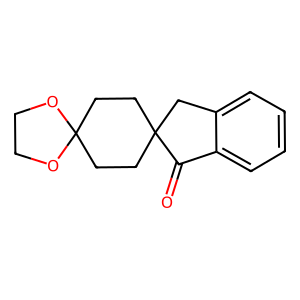
SMILES: O=C1c2ccccc2CC12CCC1(CC2)OCCO1
Inhibits HIV replication: No